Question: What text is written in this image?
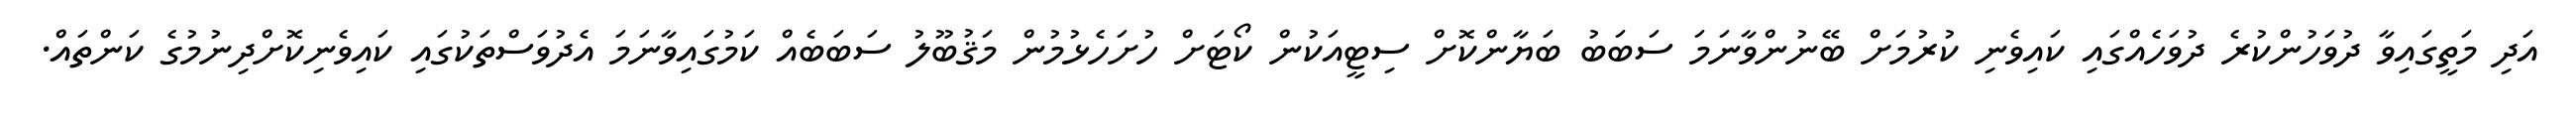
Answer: އަދި މަތީގައިވާ ދުވަހުންކުރެ ދުވަހެއްގައި ކައިވެނި ކުރުމަށް ބޭނުންވާނަމަ ސަބަބު ބަޔާންކޮށް ސިޓީއަކުން ކޯޓަށް ހުށަހެޅުމުން މަޤުބޫލު ސަބަބެއް ކަމުގައިވާނަމަ އެދުވަސްތަކުގައި ކައިވެނިކޮށްދިނުމުގެ ކަންތައް.